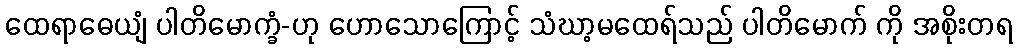
ထေရာဓေယျံ ပါတိမောက္ခံ-ဟု ဟောသောကြောင့် သံဃာ့မထေရ်သည် ပါတိမောက် ကို အစိုးတရ